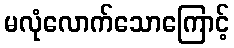
မလုံလောက်သောကြောင့်